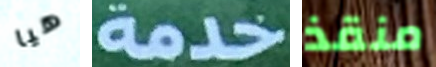
هيا خدمة منقذ